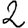
Digit: 2